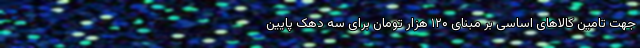
جهت تامین کالاهای اساسی بر مبنای ۱۲۰ هزار تومان برای سه دهک پایین